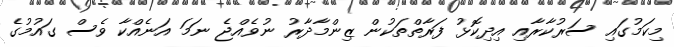
މިކަމުގައި ސަރުކާރާއި އިދިކޮޅު ފަރާތްތަކުން ޒިންމާދާރު ނުވެއްޖެ ނަމަ އަނެއްކާ ވެސް ގައުމުގެ